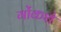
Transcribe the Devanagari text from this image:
गोंकशे